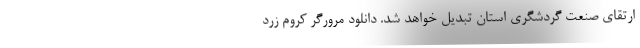
ارتقای صنعت گردشگری استان تبدیل خواهد شد. دانلود مرورگر کروم زرد